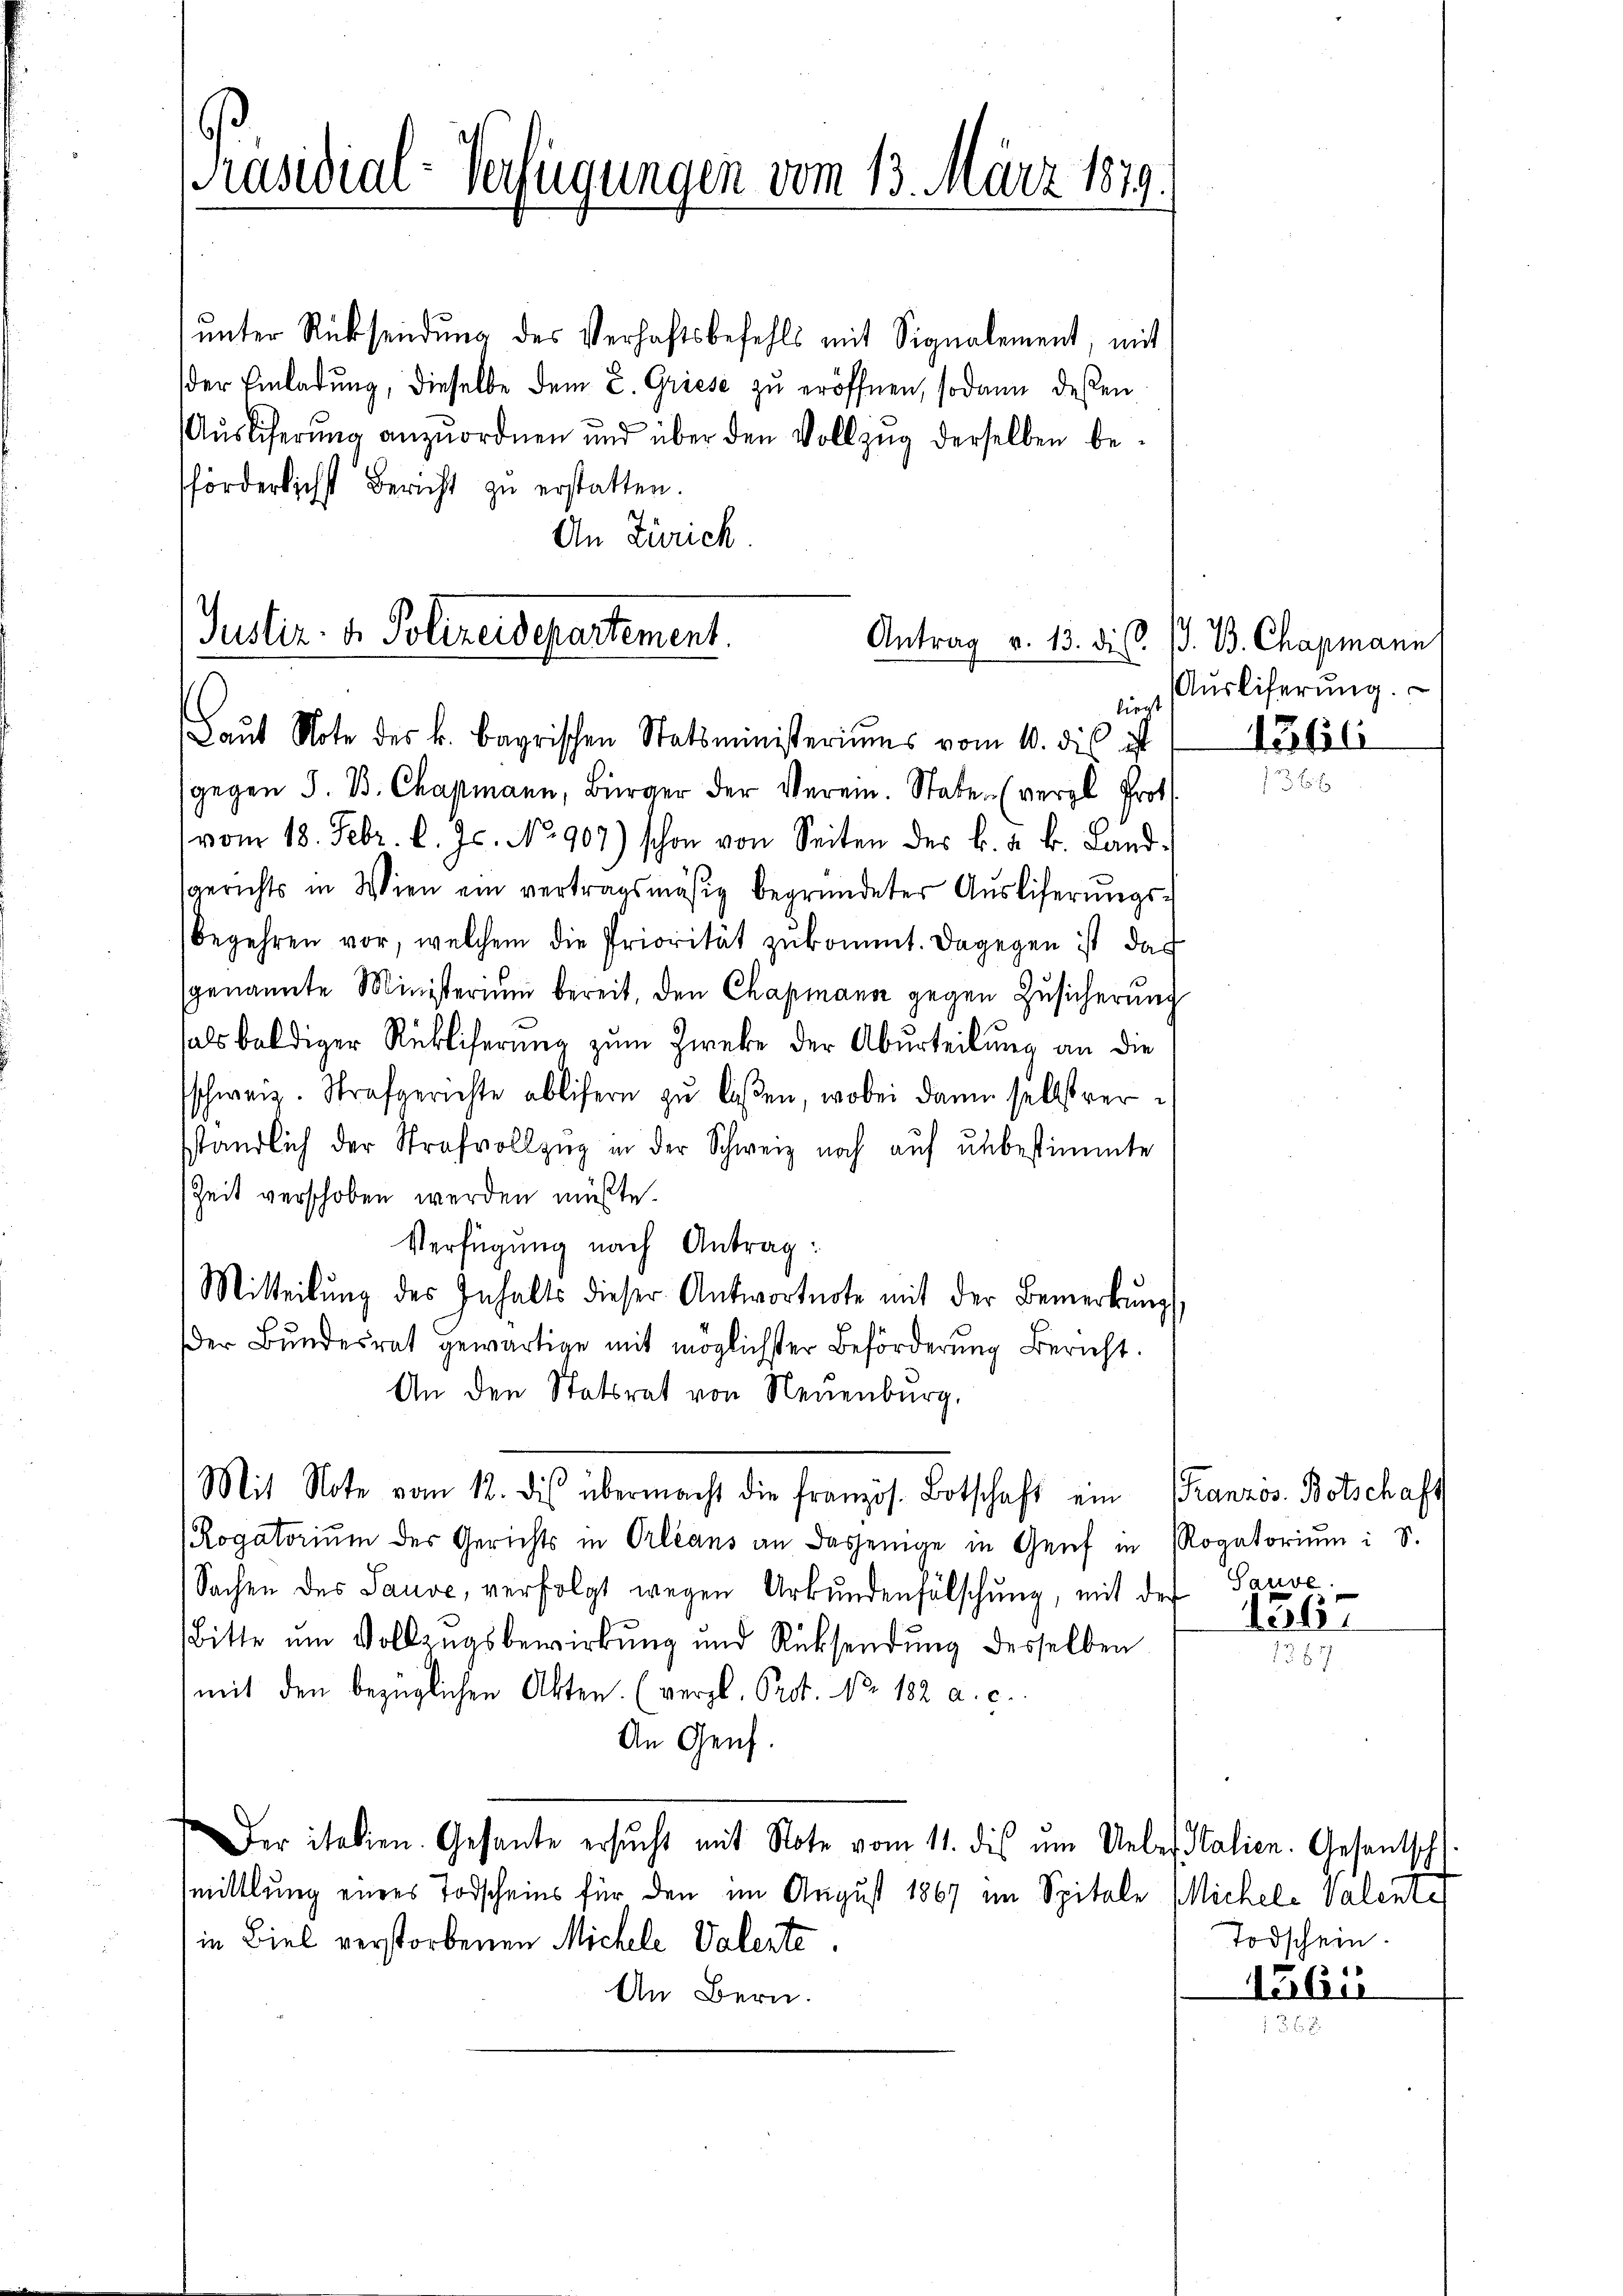
Präsidial-Verfügungen vom 13. März 1879.

ŭnter Rücksendung des Verhaftsbefehls mit Signalement, mit
der Einladŭng, dieselbe dem L. Griese zu eröffnen, sodann deßen
Aŭslicherŭng anzŭordnen und über den Vollzug derselben be-
förderlichst Bericht zu erstatten.
An Zürich

Justiz- & Polizeidepartement.
Antrag v. 13. di
liegt
Baŭt Note des k. bayrischen Statsministeriums vom 10. dis ist

gegen S. B. Chapmann, Bürger der Verein. State (vergl. Prot
vom 18. Febr. l. Js. No. 907) schon von Seiten des k. a. k. Landsgerichts in Wien ein vertragsmäsig begründeter Aŭsliferŭngs-
begehren vor, welchem die Priorität zŭkommt. Dagegen ist das
genannte Ministerium bereit, den Chapmann gegen Zusicherung
als baldiger Rükliferung zum Zwecke der Aburteilung an die
schweiz. Strafgerichte ablisern zŭ lassen, wobei dann selbstver
sständlich der Strafvollzug in der Schweiz noch auf unbestimmte
Zeit verschoben werden müßte.
Verfügung nach Antrag:
Mitteilŭng des Inhalts dieser Antwortnote mit der Bemerkŭng
der Bundesrat gewärtige mit möglichster Beförderung Bericht.
An den Statsrat von Neuenburg,
Mit Note vom 12. dies übermacht die französ. Botschaft ein (Franzos. Botschaft
Rogatoriŭm der Gerichts in Orleans an dasjenige in Genf in Rogatoriŭm i S.
Sachen des Sauve, verfolgt wegen Urkundenfälschung, mit der Sause
Bitte um Vollzugsbewirkung und Rücksendung desselben
mit den bezüglichen Akten. (vergl. Prot. No. 182 a. c.
An Genf.
Der italien. Gesante ersŭcht mit Note vom 11. dis ŭm Ueber Stalien. Gesantsch
mittlung eines Todscheins für den im August 1867 im Spitale Michele Valente
in Biel verstorbenen Michele Valente.
An Bern.

V. B. Chapmann
Ausliferung.
Putili

1367

Todschein.
561